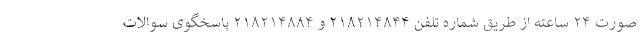
صورت ۲۴ ساعته از طریق شماره تلفن ۲۱۸۲۱۴۸۴۴ و ۲۱۸۲۱۴۸۸۴ پاسخگوی سوالات